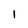
Character: l